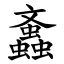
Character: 䘇